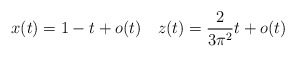
\begin{align*} x(t)=1-t+o(t)\quad z(t)=\frac{2}{3\pi^2}t+o(t)\quad\end{align*}